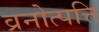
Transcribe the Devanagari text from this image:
व्रनोत्पत्ति